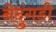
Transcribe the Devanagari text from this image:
नेदुंगडी